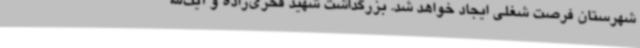
شهرستان فرصت شغلی ایجاد خواهد شد. بزرگداشت شهید فخری‌زاده و آیت‌الله